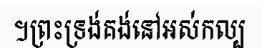
។ព្រះទ្រង់គង់នៅអស់កល្ប